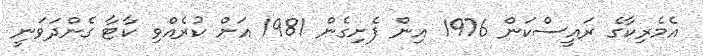
އެމެރިކާގެ ރައީސްކަން 1976 އިން ފެށިގެން 1981 އަށް ކުރެއްވި ކާޓާ ގެންދަވަނީ